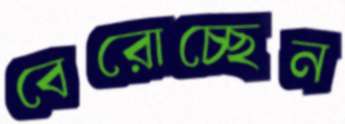
বেরোচ্ছেন